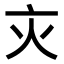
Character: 𬽄